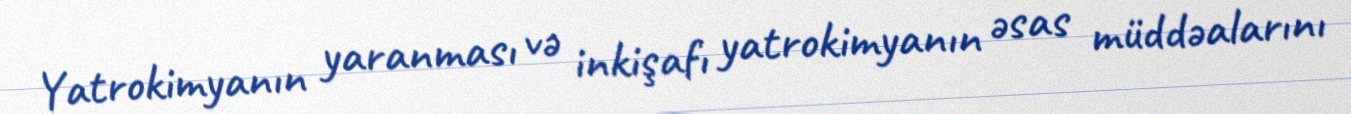
Yatrokimyanın yaranması və inkişafı yatrokimyanın əsas müddəalarını